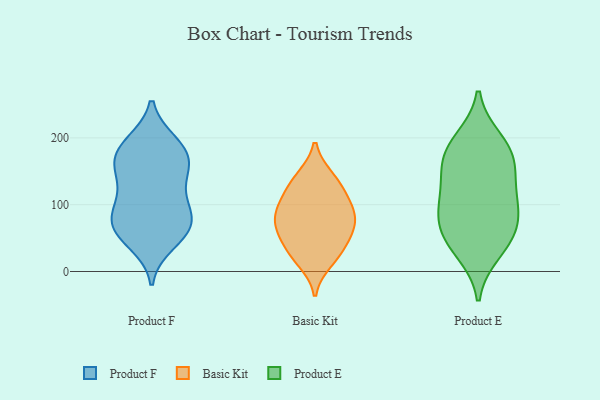
{"axis": {"x": "Conversion Rate (%)", "y": "Value"}, "legend": ["Basic Kit", "Product E", "Product F"], "data": [{"x": "", "y": 116, "type": "Product F"}, {"x": "", "y": 64, "type": "Product F"}, {"x": "", "y": 150, "type": "Product F"}, {"x": "", "y": 42, "type": "Product F"}, {"x": "", "y": 110, "type": "Product F"}, {"x": "", "y": 193, "type": "Product F"}, {"x": "", "y": 171, "type": "Product F"}, {"x": "", "y": 191, "type": "Product F"}, {"x": "", "y": 81, "type": "Product F"}, {"x": "", "y": 162, "type": "Product F"}, {"x": "", "y": 95, "type": "Product F"}, {"x": "", "y": 149, "type": "Product F"}, {"x": "", "y": 53, "type": "Product F"}, {"x": "", "y": 188, "type": "Product F"}, {"x": "", "y": 65, "type": "Product F"}, {"x": "", "y": 161, "type": "Product F"}, {"x": "", "y": 83, "type": "Product F"}, {"x": "", "y": 65, "type": "Product F"}, {"x": "", "y": 138, "type": "Basic Kit"}, {"x": "", "y": 53, "type": "Basic Kit"}, {"x": "", "y": 141, "type": "Basic Kit"}, {"x": "", "y": 33, "type": "Basic Kit"}, {"x": "", "y": 69, "type": "Basic Kit"}, {"x": "", "y": 88, "type": "Basic Kit"}, {"x": "", "y": 15, "type": "Basic Kit"}, {"x": "", "y": 66, "type": "Basic Kit"}, {"x": "", "y": 91, "type": "Basic Kit"}, {"x": "", "y": 77, "type": "Basic Kit"}, {"x": "", "y": 116, "type": "Basic Kit"}, {"x": "", "y": 110, "type": "Basic Kit"}, {"x": "", "y": 28, "type": "Basic Kit"}, {"x": "", "y": 103, "type": "Product E"}, {"x": "", "y": 79, "type": "Product E"}, {"x": "", "y": 29, "type": "Product E"}, {"x": "", "y": 54, "type": "Product E"}, {"x": "", "y": 126, "type": "Product E"}, {"x": "", "y": 168, "type": "Product E"}, {"x": "", "y": 189, "type": "Product E"}, {"x": "", "y": 42, "type": "Product E"}, {"x": "", "y": 168, "type": "Product E"}, {"x": "", "y": 149, "type": "Product E"}, {"x": "", "y": 100, "type": "Product E"}, {"x": "", "y": 197, "type": "Product E"}, {"x": "", "y": 73, "type": "Product E"}]}